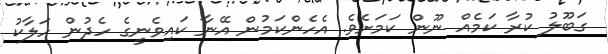
ގަބޫލު ކުރާ ކަމެއް ނޫން ކަމަށެވެ. އެހެންކަމުން އޭނާ ކައިވެނީގެ ހެދުން ހަލާކު